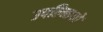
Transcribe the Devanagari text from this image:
उपल्ब्धियों